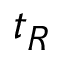
t _ { R }